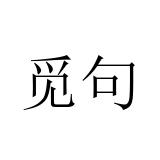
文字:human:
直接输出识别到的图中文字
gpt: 觅句